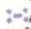
:-: